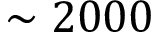
\sim 2 0 0 0